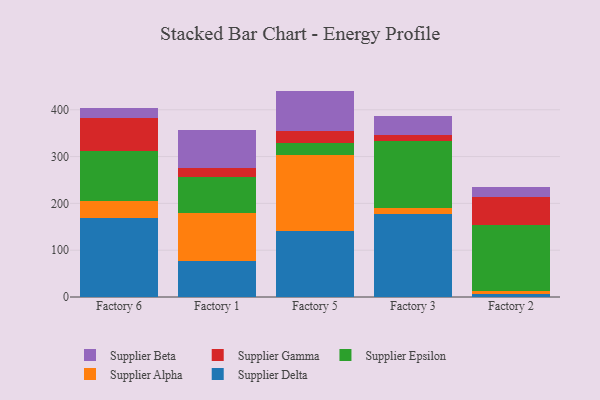
{"axis": {"x": "Factory", "y": "Temperature (°C)"}, "legend": ["Supplier Alpha", "Supplier Beta", "Supplier Delta", "Supplier Epsilon", "Supplier Gamma"], "data": [{"x": "Factory 6", "y": 169.4, "type": "Supplier Delta"}, {"x": "Factory 6", "y": 35.2, "type": "Supplier Alpha"}, {"x": "Factory 6", "y": 107.3, "type": "Supplier Epsilon"}, {"x": "Factory 6", "y": 69.5, "type": "Supplier Gamma"}, {"x": "Factory 6", "y": 22.5, "type": "Supplier Beta"}, {"x": "Factory 1", "y": 77.7, "type": "Supplier Delta"}, {"x": "Factory 1", "y": 101.3, "type": "Supplier Alpha"}, {"x": "Factory 1", "y": 78.2, "type": "Supplier Epsilon"}, {"x": "Factory 1", "y": 19.1, "type": "Supplier Gamma"}, {"x": "Factory 1", "y": 81.4, "type": "Supplier Beta"}, {"x": "Factory 5", "y": 140.8, "type": "Supplier Delta"}, {"x": "Factory 5", "y": 162.4, "type": "Supplier Alpha"}, {"x": "Factory 5", "y": 26.6, "type": "Supplier Epsilon"}, {"x": "Factory 5", "y": 24.7, "type": "Supplier Gamma"}, {"x": "Factory 5", "y": 85.9, "type": "Supplier Beta"}, {"x": "Factory 3", "y": 176.8, "type": "Supplier Delta"}, {"x": "Factory 3", "y": 14.2, "type": "Supplier Alpha"}, {"x": "Factory 3", "y": 143.3, "type": "Supplier Epsilon"}, {"x": "Factory 3", "y": 11.6, "type": "Supplier Gamma"}, {"x": "Factory 3", "y": 41.6, "type": "Supplier Beta"}, {"x": "Factory 2", "y": 5.7, "type": "Supplier Delta"}, {"x": "Factory 2", "y": 6.6, "type": "Supplier Alpha"}, {"x": "Factory 2", "y": 142.0, "type": "Supplier Epsilon"}, {"x": "Factory 2", "y": 59.5, "type": "Supplier Gamma"}, {"x": "Factory 2", "y": 21.8, "type": "Supplier Beta"}]}